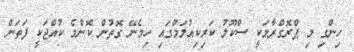
ހިންގި މި ޕްރޮގްރާމަކީ ސްކޫލު ކަރިކިއުލަމްގައި ހިމެނޭ ގޮތުން ކޮންމެ ކުއްޖަކީ ފަތަން